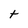
Character: t